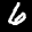
Label: 6